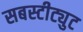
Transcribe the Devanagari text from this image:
सबस्टीट्युट